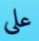
على